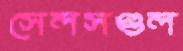
সেলসগুল